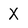
Character: X